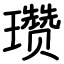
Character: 瓒